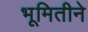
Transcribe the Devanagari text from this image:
भूमितीने